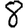
Digit: 8